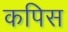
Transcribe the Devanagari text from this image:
कपिस